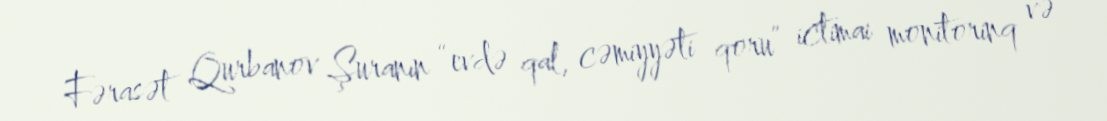
Fərasət Qurbanov Şuranın “evdə qal, cəmiyyəti qoru” ictimai monitorinq və